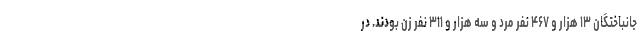
جانباختگان ۱۳ هزار و ۴۶۷ نفر مرد و سه هزار و ۳۱۱ نفر زن بودند. در